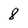
Character: 8